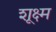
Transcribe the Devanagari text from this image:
शूक्ष्म